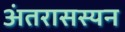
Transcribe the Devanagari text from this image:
अंतरासस्यन